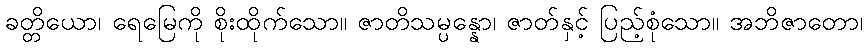
ခတ္တိယော၊ ရေမြေကို စိုးထိုက်သော။ ဇာတိသမ္ပန္နော၊ ဇာတ်နှင့် ပြည့်စုံသော။ အဘိဇာတော၊